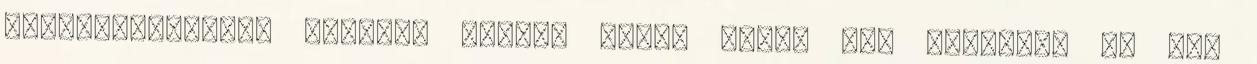
elhamarkodottan beszél. Hosszú élete alatt sem vetkőzte le ezt